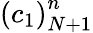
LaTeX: {\left(c_{1}\right)}_{N+1}^{n}